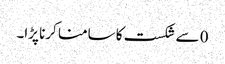
0 سے شکست کا سامنا کرنا پڑا۔